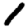
Digit: 1